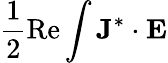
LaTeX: \frac{1}{2}\operatorname{Re}\int\mathbf{J}^{*}\cdot\mathbf{E}